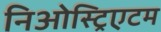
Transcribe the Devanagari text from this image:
निओस्ट्रिएटम